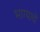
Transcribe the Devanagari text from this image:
भाग्याचे